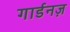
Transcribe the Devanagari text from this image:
गार्डनज़